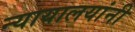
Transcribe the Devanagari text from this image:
न्यायालयांनी